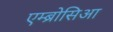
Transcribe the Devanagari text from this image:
एम्ब्रोसिआ